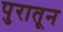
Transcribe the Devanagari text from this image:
पुरातून